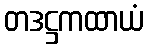
တဒဋ္ဌကထာယံ